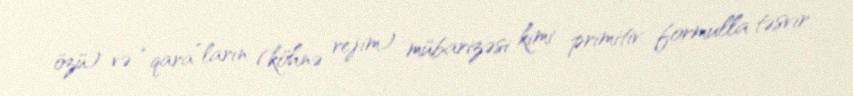
özü) və “qara”ların (köhnə rejim) mübarizəsi kimi primitiv formulla təsvir